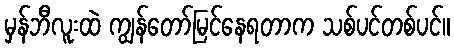
မှန်ဘီလူးထဲ ကျွန်တော်မြင်နေရတာက သစ်ပင်တစ်ပင်။